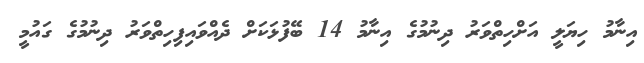
އިނާމު ހިޔަލީ އަށްހިތްވަރު ދިނުމުގެ އިނާމު 14 ބޭފުޅަކަށް ދެއްވައިފިހިތްވަރު ދިނުމުގެ ގައުމީ